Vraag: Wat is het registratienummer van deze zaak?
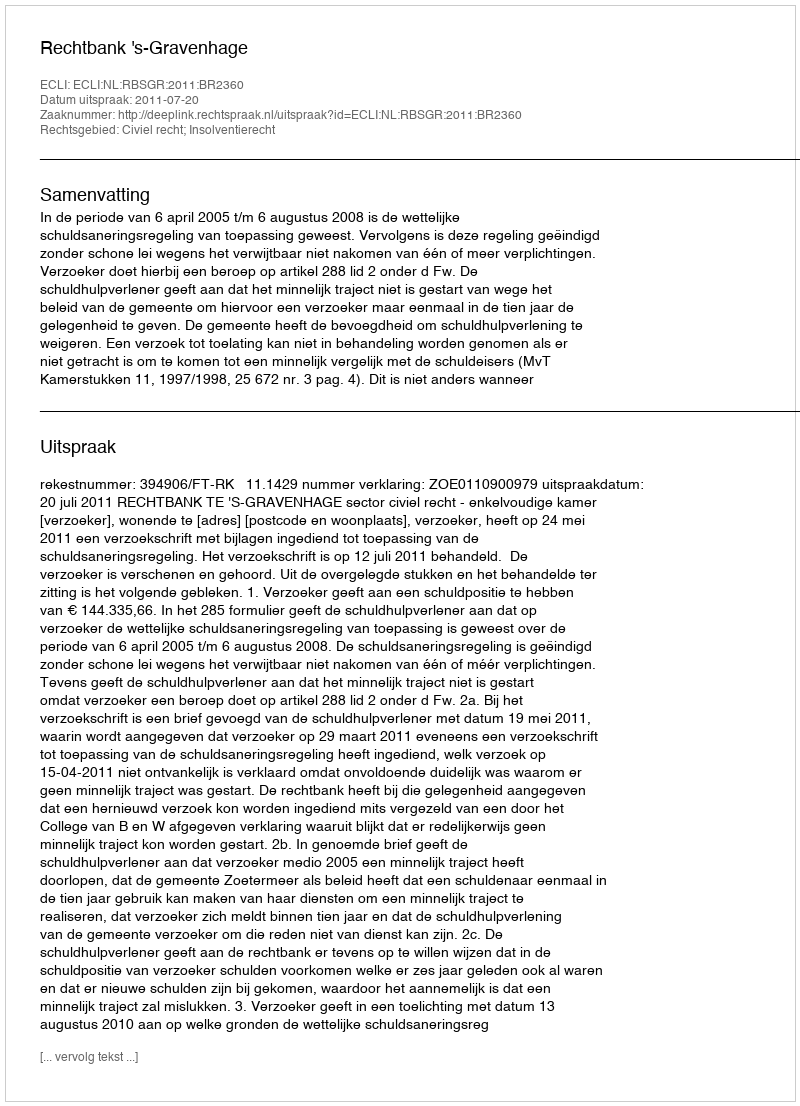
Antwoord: http://deeplink.rechtspraak.nl/uitspraak?id=ECLI:NL:RBSGR:2011:BR2360